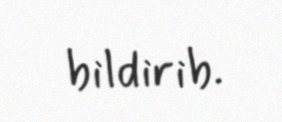
bildirib.